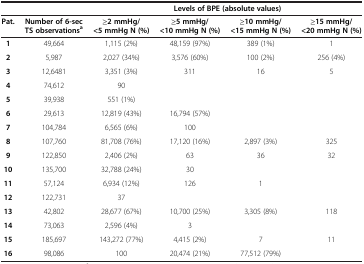
|  |  | <COLSPAN=4> Levels of BPE (absolute values) |
 | Pat. | Number of 6-sec TS observationsa | ≥2 mmHg/<5 mmHg N (%) | ≥5 mmHg/<10 mmHg N (%) | ≥10 mmHg/<15 mmHg N (%) | ≥15 mmHg/<20 mmHg N (%) |
 | --- | --- | --- | --- | --- | --- |
 | 1 | 49,664 | 1,115 (2%) | 48,159 (97%) | 389 (1%) | 1 |
 | 2 | 5,987 | 2,027 (34%) | 3,576 (60%) | 100 (2%) | 256 (4%) |
 | 3 | 12,6481 | 3,351 (3%) | 311 | 16 | 5 |
 | 4 | 74,612 | 90 |  |  |  |
 | 5 | 39,938 | 551 (1%) |  |  |  |
 | 6 | 29,613 | 12,819 (43%) | 16,794 (57%) |  |  |
 | 7 | 104,784 | 6,565 (6%) | 100 |  |  |
 | 8 | 107,760 | 81,708 (76%) | 17,120 (16%) | 2,897 (3%) | 325 |
 | 9 | 122,850 | 2,406 (2%) | 63 | 36 | 32 |
 | 10 | 135,700 | 32,788 (24%) | 30 |  |  |
 | 11 | 57,124 | 6,934 (12%) | 126 | 1 |  |
 | 12 | 122,731 | 37 |  |  |  |
 | 13 | 42,802 | 28,677 (67%) | 10,700 (25%) | 3,305 (8%) | 118 |
 | 14 | 73,063 | 2,596 (4%) | 3 |  |  |
 | 15 | 185,697 | 143,272 (77%) | 4,415 (2%) | 7 | 11 |
 | 16 | 98,086 | 100 | 20,474 (21%) | 77,512 (79%) |  |